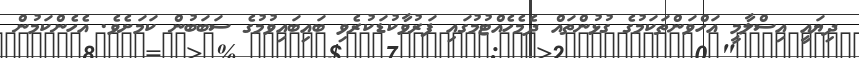
ދިޔައީ އިސްލާމީ އަހްވަންތަކަމުގެ ގުޅުންތައް ދެމެހެއްޓުމުގައި ފަރުވާކުޑަކުރެވި ބައިބައިވުމުގެ ސަބަބުން ކަމަށެވެ. އެހެންކަމުން